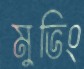
মুভিং